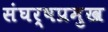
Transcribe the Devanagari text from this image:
संघर्षप्रमुख